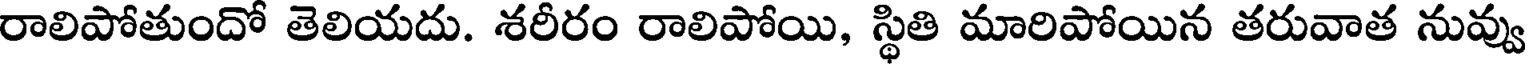
రాలిపోతుందో తెలియదు. శరీరం రాలిపోయి, స్థితి మారిపోయిన తరువాత నువ్వు